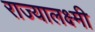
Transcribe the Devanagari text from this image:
राज्यालक्ष्मी